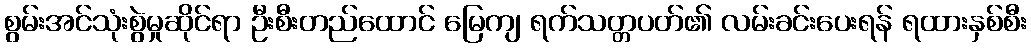
စွမ်းအင်သုံးစွဲမှုဆိုင်ရာ ဦးစီးတည်ထောင် မြေကျ ရက်သတ္တပတ်၏ လမ်းခင်းပေးရန် ရထားနှစ်စီး